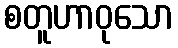
စတူဟာဝုသော